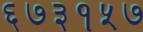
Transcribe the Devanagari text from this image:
६७३१५७